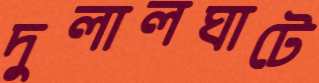
দুলালঘাটে